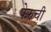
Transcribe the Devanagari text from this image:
फेरुची